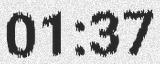
01:37